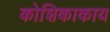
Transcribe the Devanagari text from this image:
कोशिकाकाय